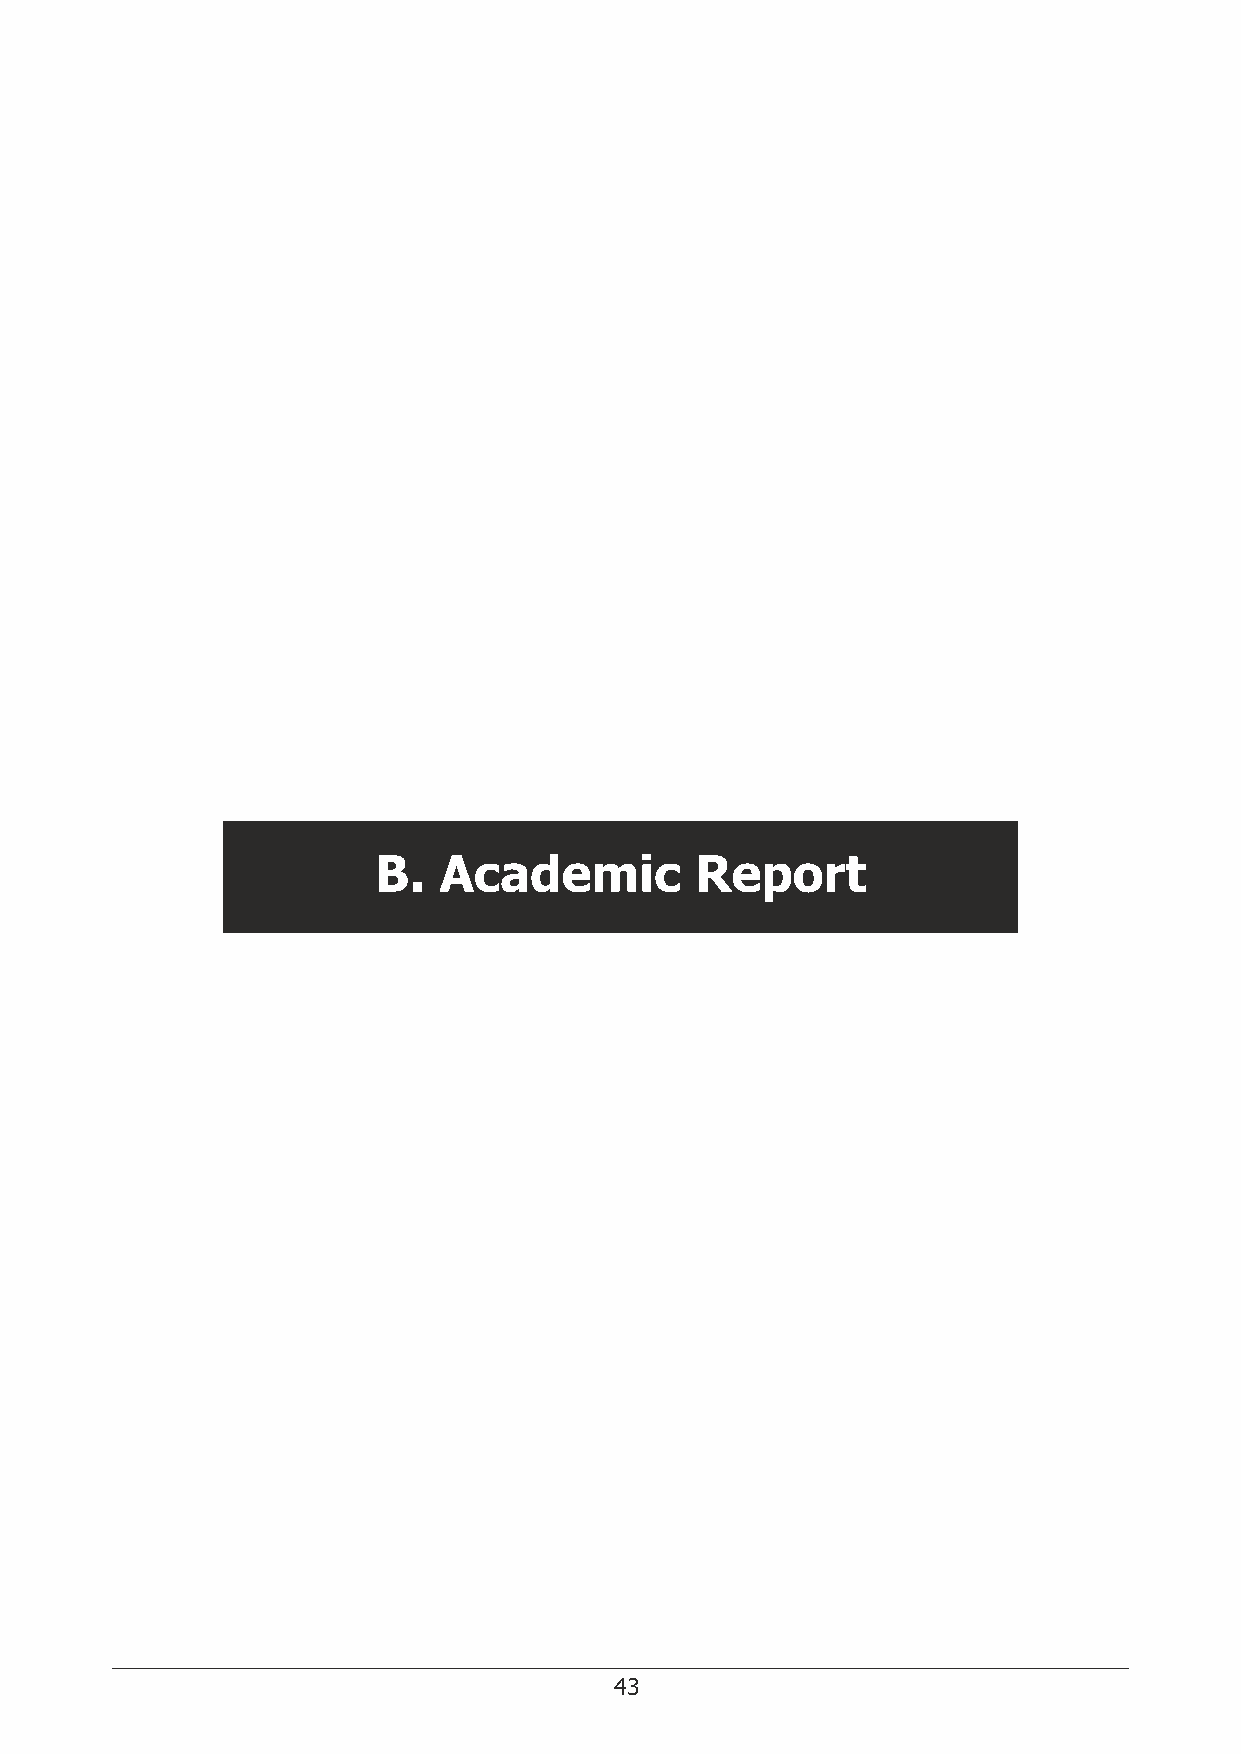
Two
 E must build on the illustrious contribution of NAMS so far and make this institution as the foremost think
 tank for health policy. NAMS has the stature and the convening capability to do so. Your leaders and
 fellows collectively represent the essence of India's medical intellect. Let us scientically design
 pathways to address the challenges of the day and beyond. Future pandemics, antimicrobial resistance,
 animal-human health interphase, the silent epidemic of life-style disease, mental health and geriatric
 health. The Government would look forward to your ideas on expanding the scope and reach of
 Ayushman Bharat PM Jan Arogya Yojana (PMJAY) in our endeavor to ensure Universal Health Coverage
 for all; your ideas on primary prevention of ill health through comprehensive primary healthcare; your
 ideas on digital health through the National Digital Health Mission; and your thoughts on how to make
 the new All India Institutes of Medical Sciences world-class hubs of medical research and not just
 tertiary care teaching institutions; and so on. Let us make NAMS as the catalyst for achieving the health
 SDG targets.
 Three
 Promotion of medical sciences in the medical colleges and teaching institutions should be an important
 part of our work at the academy. The academy should catalyze activities which are cross-cutting among
 disciplines. Activities that serve as tools for research and discovery. NAMS can take lead in promoting
 training of postgraduates and faculty in laboratory and clinical research methods. How can we provide
 opportunities to young faculty to receive rst-hand exposure and learning experience in the best
 laboratories of the country and the world? How can we train clinical faculty in conducting quality clinical
 studies and trials, and make India a hub of drug development and translational science? How can we
 create a large collaborative of scientists in community- based research on disease epidemiology and
 public health interventions? How can we get more out of the research mentored by the faculty for post
 graduate thesis (over 50,000 of them each year)? How can train young faculty of teaching institutions to
 write quality research projects and complete for funds?
 B.  Academic         Report
 Four
 The National Academy of Medical Sciences should nurture young people and take young medical
 scientists into our sphere of work beyond Membership. NAMS should institute fellowships, research
 schemes, grants, award at the postgraduate, early career and mid-career stages. We should create
 opportunities to induct younger generation into our organizational hierarchy and system. This will
 connect the 60-year young Academy to the next generation of leaders in medical sciences in the
 country. Young and mid-career medical scientists will not only enrich the vibrance of the academy, but
 also be the force-multipliers of our work and mission.
 In the end, let me say that COVID-19 has brought the health sector at the centre-stage of our national
 discourse. Ensuring good health emerges as the core imperative citizens, and health emerges as the
 core priority of national development for this decade.
 As we celebrate the 75 year of our Independence, medical science fraternity has a role and responsibility
 to help envision a Nation, within a decade, in which key health indicators compare with those in high
 income countries; A Nation in which comprehensive healthcare is accessible to all and no one is left
 behind;
 A Nation in which healthcare is blend of family and specialty approach; and
 A Nation which is at the frontlines of medical sciences offering novel medical therapies, diagnostics and
 technologies to the country and the world.
 In this endeavour, the National Academy of Medical Sciences with its members and fellows of today and
 tomorrow, has the capability and strength to be the principal pace-maker and enabler of this
 transformation.
 Jai Hind
 42                                       43